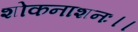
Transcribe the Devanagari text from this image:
शोकनाशनः।।